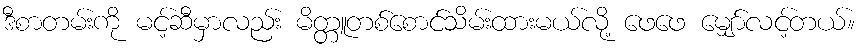
ဒီစာတမ်းကို မင့်ဆီမှာလည်း မိတ္တူတစ်စောင်သိမ်းထားမယ်လို့ ဖေဖေ မျှော်လင့်တယ်။